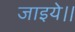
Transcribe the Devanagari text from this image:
जाइये।।